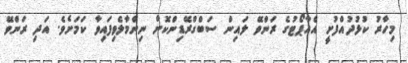
މިހާރު ކުޅުދުއްފުށީ އެއާޕޯޓުގެ ރަންވޭ ލައިން ސަބްގްރޭޑިންކޮށް ނިންމާލެވިފައިވާ ކަމަށެވެ. އަދި ރަންވޭ